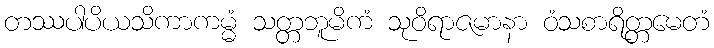
တဿပါပိယသိကာကမ္မံ သတ္တဘူမိကံ သုဝိရာဇမာနာ ဝံသစာရိတ္တမေတံ